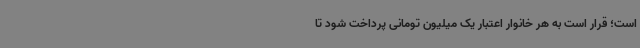
است؛ قرار است به هر خانوار اعتبار یک میلیون تومانی پرداخت شود تا